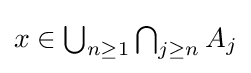
{\textstyle x\in \bigcup _{n\geq 1}\bigcap _{j\geq n}A_{j}}